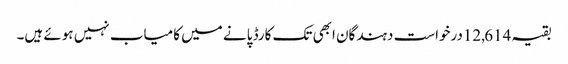
بقیہ 12,614درخواست دہندگان ابھی تک کارڈ پانے میں کامیاب نہیں ہوئے ہیں۔